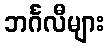
ဘင်္ဂလီများ